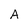
Character: A